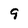
Character: 9